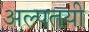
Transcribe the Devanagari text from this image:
अल्पतयी